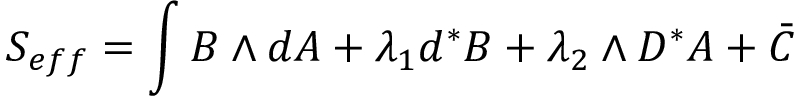
S _ { e f f } = \int { } B \wedge { } d A + \lambda _ { 1 } d ^ { * } B + \lambda _ { 2 } \wedge { } D ^ { * } A + \bar { C }